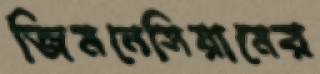
জিমনেসিয়ামের